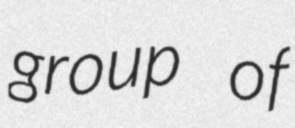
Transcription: group of